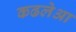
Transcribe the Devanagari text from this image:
कढलेआ